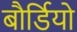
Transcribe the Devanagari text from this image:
बौर्डियो